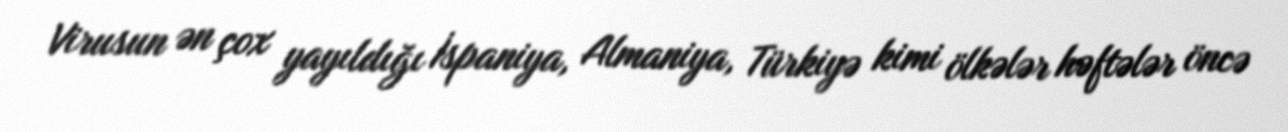
Virusun ən çox yayıldığı İspaniya, Almaniya, Türkiyə kimi ölkələr həftələr öncə